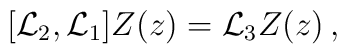
[{\cal L}_{2},{\cal L}_{1}]Z(z)={\cal L}_{3}Z(z)\,,